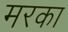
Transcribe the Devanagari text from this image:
मरका